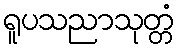
ရူပသညာသုတ္တံ